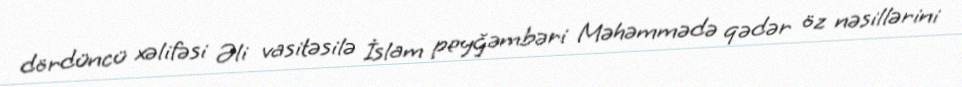
dördüncü xəlifəsi Əli vasitəsilə İslam peyğəmbəri Məhəmmədə qədər öz nəsillərini